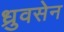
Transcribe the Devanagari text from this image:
ध्रुवसेन